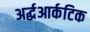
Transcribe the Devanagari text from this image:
अर्द्धआर्कटिक